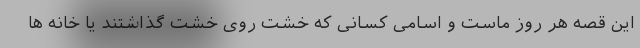
این قصه هر روز ماست و اسامی کسانی که خشت روی خشت گذاشتند یا خانه ها